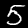
Digit: 5